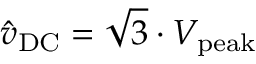
{ \hat { v } } _ { \mathrm { D C } } = { \sqrt { 3 } } \cdot V _ { \mathrm { p e a k } }